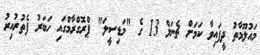
މައުލޫމާތު ދީފައިވާ ކަމަށް ޗެނަލް 13 ގެ "މަޑިސީލަ" ޕްރޮގްރާމްގައި ހަބަރު ފެތުރުއިރު